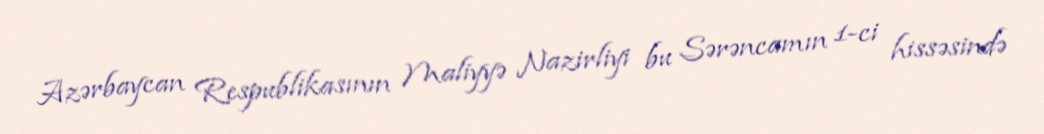
Azərbaycan Respublikasının Maliyyə Nazirliyi bu Sərəncamın 1-ci hissəsində